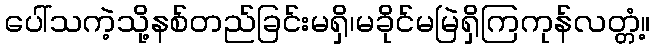
ပေါ်သကဲ့သို့နစ်တည်ခြင်းမရှိ၊မခိုင်မမြဲရှိကြကုန်လတ္တံ့။